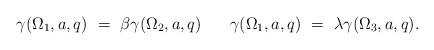
LaTeX: \begin{align*}\gamma(\Omega_1, a, q) ~=~ \beta \gamma(\Omega_2, a, q) \phantom{m} \phantom{m}\gamma(\Omega_1, a, q) ~=~ \lambda \gamma(\Omega_3, a, q).\end{align*}